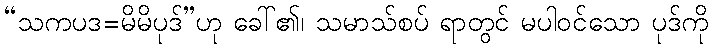
“သကပဒ=မိမိပုဒ်”ဟု ခေါ်၏၊ သမာသ်စပ် ရာတွင် မပါဝင်သော ပုဒ်ကို